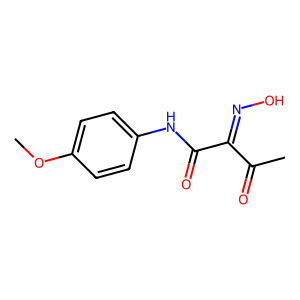
SMILES: COc1ccc(NC(=O)C(=NO)C(C)=O)cc1
Inhibits HIV replication: No